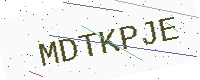
Text: MDTKPJE